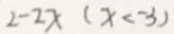
2 - 2 x ( x < - 3 )